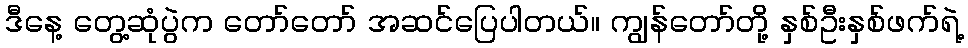
ဒီနေ့ တွေ့ဆုံပွဲက တော်တော် အဆင်ပြေပါတယ်။ ကျွန်တော်တို့ နှစ်ဦးနှစ်ဖက်ရဲ့